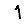
Digit: 1